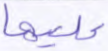
عاليها